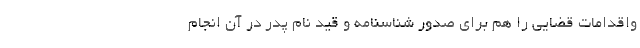
واقدامات قضایی را هم برای صدور شناسنامه و قید نام پدر در آن انجام